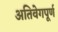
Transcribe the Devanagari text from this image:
अतिवेगपूर्ण